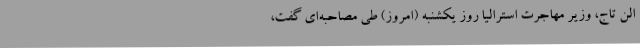
الن تاج، وزیر مهاجرت استرالیا روز یکشنبه (امروز) طی مصاحبه‌ای گفت،